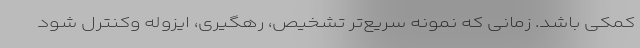
کمکی باشد. زمانی که نمونه سریع‌تر تشخیص، رهگیری، ایزوله وکنترل شود